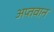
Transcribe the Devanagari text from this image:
अप्तवान